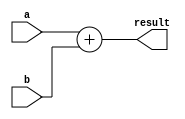
module next_address_adder(a, b, result);

input wire [15:0] a, b;

output wire[15:0] result;

assign result = a+b;


endmodule